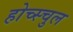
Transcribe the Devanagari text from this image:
होच्स्चुल